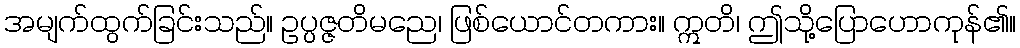
အမျက်ထွက်ခြင်းသည်။ ဥပ္ပဇ္ဇတိမညေ၊ ဖြစ်ယောင်တကား။ ဣတိ၊ ဤသို့ပြောဟောကုန်၏။